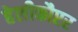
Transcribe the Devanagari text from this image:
हेलीकौप्टर